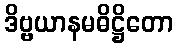
ဒိဗ္ဗယာနမဓိဋ္ဌိတော